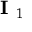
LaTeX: { \textbf { I } } _ { 1 }